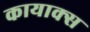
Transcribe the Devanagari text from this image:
कायाक्स